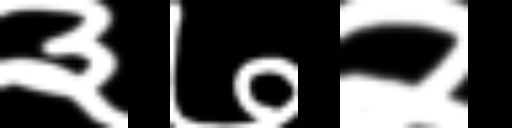
Text: ३७२